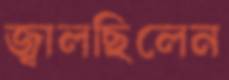
জ্বালছিলেন